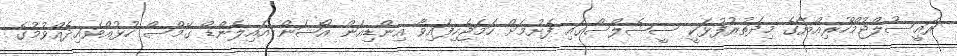
ރައީސުލްޖުމްހޫރިއްޔާގެ މިދަތުރުފުޅަކީ ސީޝެލްސްގައި ފެށުމަށް ހަމަޖެހިފައިވާ އިންޑިއަން އޯޝަން އައިލެންޑް ގޭމްސް ހުޅުއްވައިދެއްވުމުގެ